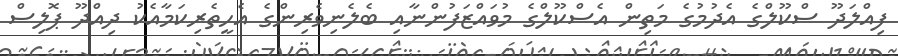
ފިއްލަދޫ ސްކޫލްގެ އެދުމުގެ މަތިން އެސްކޫލްގެ މުވައްޒަފުންނާއި ބެލެނިވެރިންގެ އެހީތެރިކަމާއެކު ދިއްދޫ ޕޮލިސް